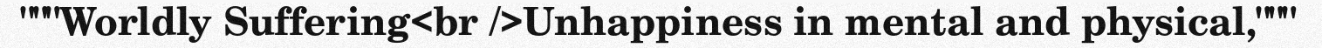
"""Worldly Suffering<br />Unhappiness in mental and physical,"""